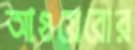
আগুয়েরোর